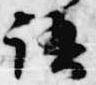
語